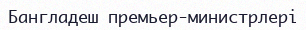
Бангладеш премьер-министрлері